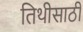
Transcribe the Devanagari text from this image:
तिथीसाठी